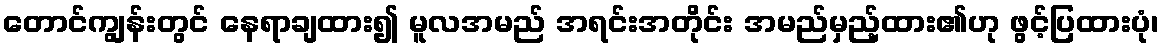
တောင်ကျွန်းတွင် နေရာချထား၍ မူလအမည် အရင်းအတိုင်း အမည်မှည့်ထား၏ဟု ဖွင့်ပြထားပုံ၊